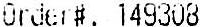
ORDER#. 149308